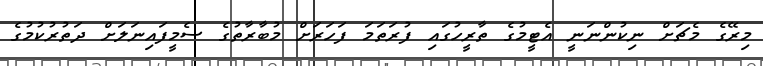
މިރޭގެ މެޗަށް ނިކުންނަނީ އެޓީމުގެ ތާރީހުގައި ފުރަތަމަ ފަހަރަށް މުބާރާތުގެ ސެމީފައިނަލަށް ދަތުރުކުމުގެ